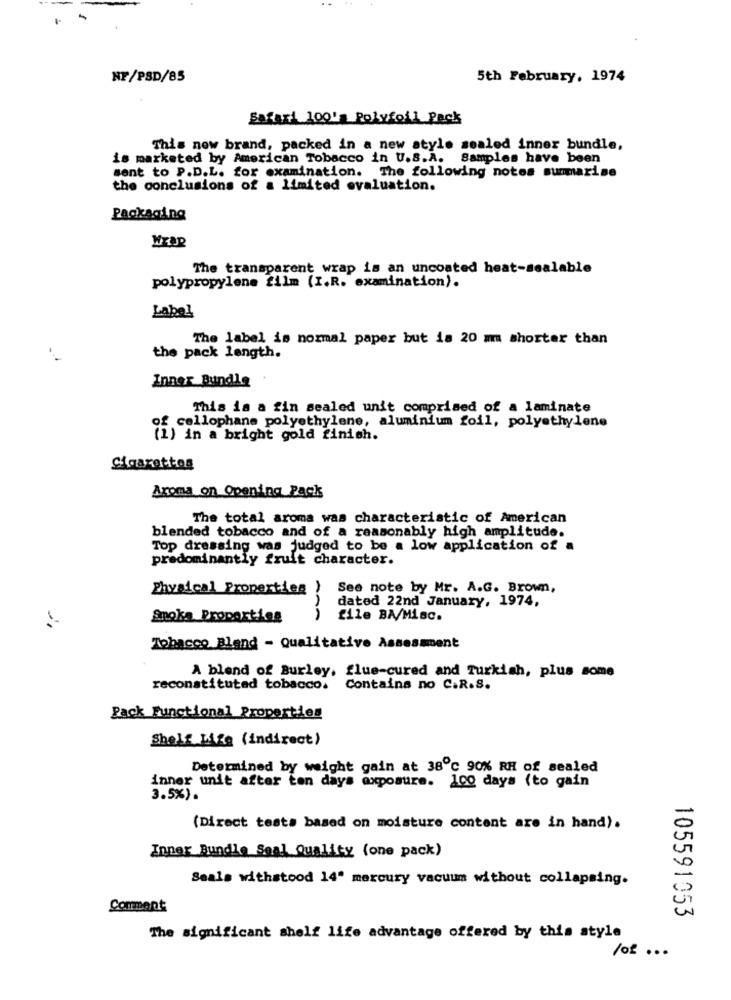
NF/PSD/85
5th February, 1974
Safari 100'a Polyfoil Pack
This new brand, packed in a new style sealed inner bundle,
is marketed by American Tobacco in U.S.A. Samples have been
sent to P.D.L. for examination. The following notes summarise
the conclusions of a limited evaluation.
Packaging
The transparent wrap is an uncoated heat-sealable
polypropylene film (I.R. examination).
Label
The label is normal paper but is 20 mm shorter than
the pack length.
Inner Bundle
This is a fin sealed unit comprised of a laminate
of cellophane polyethylene, aluminium foil, polyethylene
(1) in a bright gold finish.
Cigarettes
Aroma on Opening Pack
The total aroma was characteristic of American
blended tobacco and of a reasonably high amplitude.
Top dressing was judged to be a low application of a
predominantly fruit character.
Physical Properties ) See note by Mr. A.G. Brown,
dated 22nd January, 1974,
Smoka Proporties
file BA/Misc.
:-
Tobacco Bland - Qualitative Assessment
A blend of Burley, flue-cured and Turkish, plus some
reconstituted tobacco.
Contains no C.R.S.
Pack Functional Properties
Shelf Life (indirect)
Determined by weight gain at 38℃ 90% RH of sealed
inner unit after ten days exposure. 100 days (to gain
3.5%).
(Direct tests based on moisture content are in hand).
Inner Bundle Seal Quality (one pack)
Seals withstood 14' mercury vacuum without collapsing.
Comment
105591053
The significant shelf life advantage offered by this style
/of ...